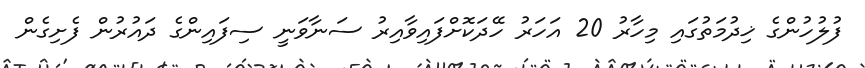
ފުލުހުންގެ ޚިދުމަތުގައި މިހާރު 20 އަހަރު ހޭދަކޮށްފައިވާއިރު ސަނާވަނީ ސިފައިންގެ ދައުރުން ފެށިގެން